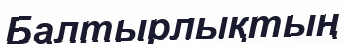
Балтырлықтың